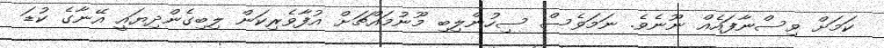
ކަމަށް ވިސްނާފައެއް ނޫނެވެ. ނަމަވެސް ސިހުންލިބި މޫނުމައްޗަށް އުފާވެރިކަން ލިބިގެންދިޔައީ އޭނާގެ ކުޑަ